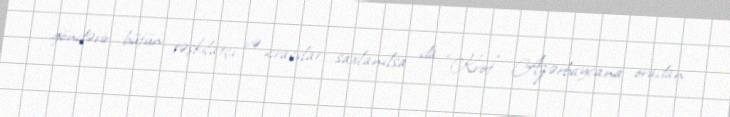
göndərir, bütün təşkilatçı və icraçılar saxlanılsa da “Krot” Azərbaycana oradan